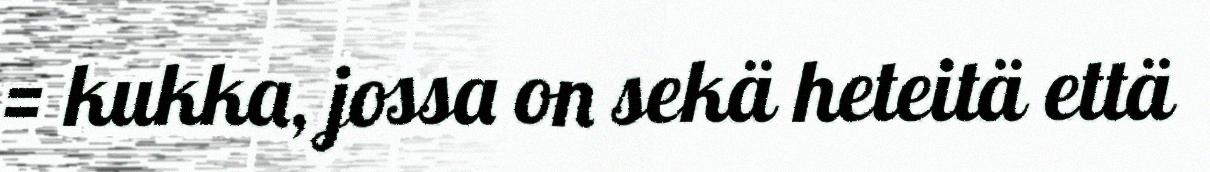
= kukka, jossa on sekä heteitä että